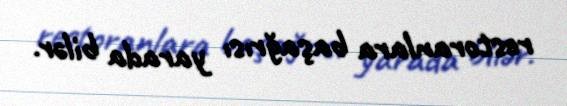
restoranlara başağrısı yarada bilər.